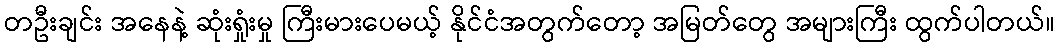
တဦးချင်း အနေနဲ့ ဆုံးရှုံးမှု ကြီးမားပေမယ့် နိုင်ငံအတွက်တော့ အမြတ်တွေ အများကြီး ထွက်ပါတယ်။